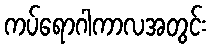
ကပ်ရောဂါကာလအတွင်း